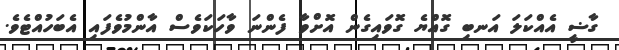
ގާޟީ އެއްކަލަ އަނބި ގޮއްޔެ ގޮވައިގެން އޮށްވާ ފެންނަ ވާހަކަވެސް އާންމުވެފައި އެބަހުއްޓެވެ.